Civil Veterinary Department Bihar & Orissa reports 1922-29 - 1922-1929
Year: 1922
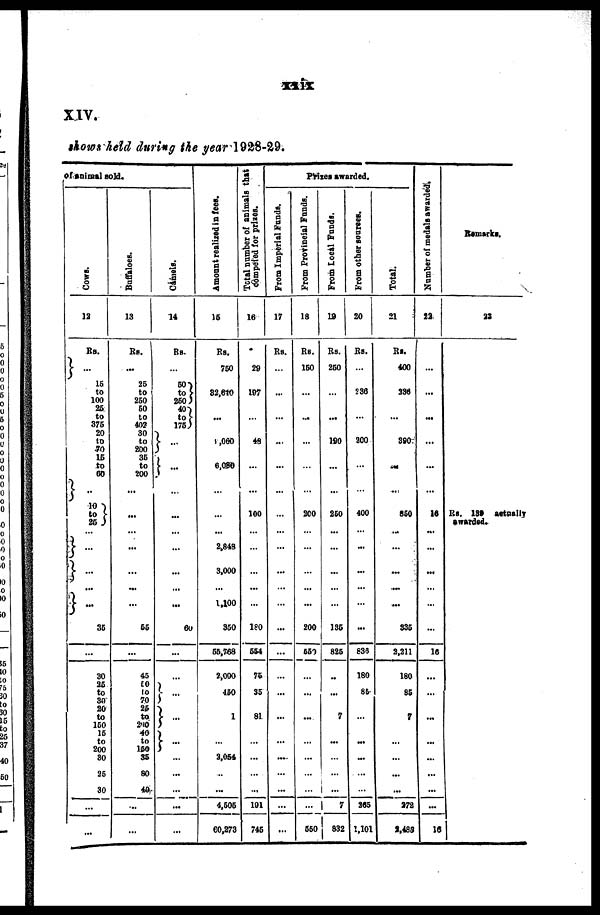
xxix
XIV.
shows held during the year 1928-29.
of animal sold.
Cows.
12
Rs.
}- 16
to
100
26
to
376 20
to
70 15
to
60
10
to
86
...
...
...
...
36
30
26
to
30 20
to
160 16
to
200 80
26
30
...
...
Buffaloes.
13
Rs.
26
60
to
402 30
to
200 36
to
200
...
...
...
...
...
66
...
45
10
70
26
to
240
-40
to
160 35
80
49.
...
...
Camels.
14
Rs.
50
400
to
175
...
...
...
...
...
...
...
...
...
60
...
...
...
...
...
...
...
...
...
...
Amount realized in fees.
16
Rs.
760
82,610
...
1,060
6,006
...
...
...
2,848
3,000
...
1,400
360
66,768
2,000
460
1
...
2,054
...
4,505
60,273
Total
number of animals that
Competed for priaes.
16
29
197
48
...
...
100
...
...
...
...
180
664
76
35
81
...
...
...
101
746
Prices awarded.
From Imperial Funds.
17
Rs.
...
...
...
...
...
...
...
...
...
...
...
...
...
...
...
...
...
...
...
...
Fr om P r o v i n c i a l Funds .
18
Rs.
160
...
...
...
...
...
200
...
...
...
...
...
200
660
...
...
...
...
...
...
...
660
Fr om Local Funds .
19
Rs.
250
...
...
190
...
...
260
...
...
...
...
...
135
826
...
7
...
...
...
...
7
832
From other soures.
20
Rs.
536
...
260
...
...
400
...
...
...
...
...
...
836
180
85
...
...
...
...
...
265
1,101
Total.
21
Rs.
400
336
390
...
...
860
...
...
...
...
...
336
2,211
180
85
7
...
...
...
...
272
3,488
Number of medals awarded.
22
...
...
...
...
...
16
...
...
...
...
...
...
16
...
...
...
...
...
...
...
...
16
Remarks.
23
Rs. 139 actually
awarded.